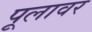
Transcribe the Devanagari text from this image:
पूलावर